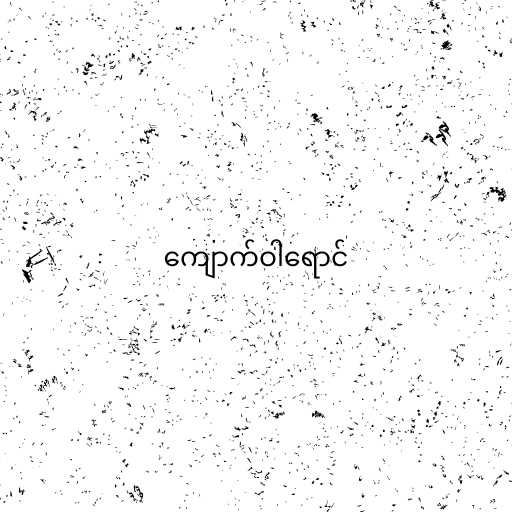
ကျောက်ဝါရောင်